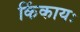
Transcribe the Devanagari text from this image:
किंकायः